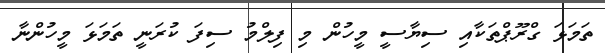
ތަމަޅަ ގްރޫޕްތަކާއި ސިޔާސީ މީހުން މި ފިލްމު ސިފަ ކުރަނީ ތަމަޅަ މީހުންނާ